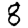
Digit: 8